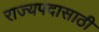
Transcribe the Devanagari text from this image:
राज्यपदासाठी